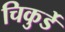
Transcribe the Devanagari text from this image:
चिकुर्डे